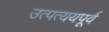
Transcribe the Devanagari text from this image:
उत्पत्ययपूर्व